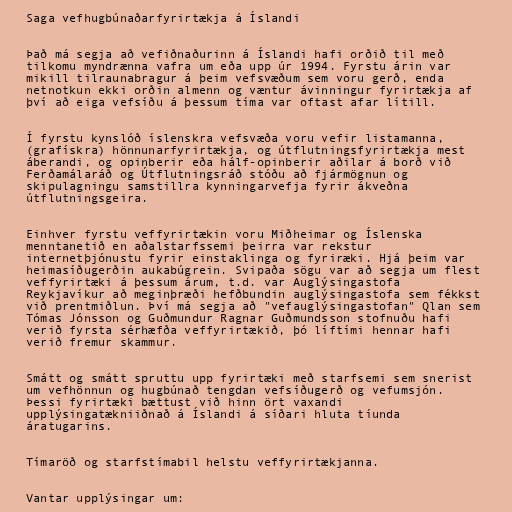
Saga vefhugbúnaðarfyrirtækja á Íslandi

Það má segja að vefiðnaðurinn á Íslandi hafi orðið til með
tilkomu myndrænna vafra um eða upp úr 1994. Fyrstu árin var
mikill tilraunabragur á þeim vefsvæðum sem voru gerð, enda
netnotkun ekki orðin almenn og væntur ávinningur fyrirtækja af
því að eiga vefsíðu á þessum tíma var oftast afar lítill.

Í fyrstu kynslóð íslenskra vefsvæða voru vefir listamanna,
(grafískra) hönnunarfyrirtækja, og útflutningsfyrirtækja mest
áberandi, og opinberir eða hálf-opinberir aðilar á borð við
Ferðamálaráð og Útflutningsráð stóðu að fjármögnun og
skipulagningu samstillra kynningarvefja fyrir ákveðna
útflutningsgeira.

Einhver fyrstu veffyrirtækin voru Miðheimar og Íslenska
menntanetið en aðalstarfssemi þeirra var rekstur
internetþjónustu fyrir einstaklinga og fyriræki. Hjá þeim var
heimasíðugerðin aukabúgrein. Svipaða sögu var að segja um flest
veffyrirtæki á þessum árum, t.d. var Auglýsingastofa
Reykjavíkur að meginþræði hefðbundin auglýsingastofa sem fékkst
við prentmiðlun. Því má segja að "vefauglýsingastofan" Qlan sem
Tómas Jónsson og Guðmundur Ragnar Guðmundsson stofnuðu hafi
verið fyrsta sérhæfða veffyrirtækið, þó líftími hennar hafi
verið fremur skammur.

Smátt og smátt spruttu upp fyrirtæki með starfsemi sem snerist
um vefhönnun og hugbúnað tengdan vefsíðugerð og vefumsjón.
Þessi fyrirtæki bættust við hinn ört vaxandi
upplýsingatækniiðnað á Íslandi á síðari hluta tíunda
áratugarins.

Tímaröð og starfstímabil helstu veffyrirtækjanna.

Vantar upplýsingar um: